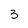
Character: 3